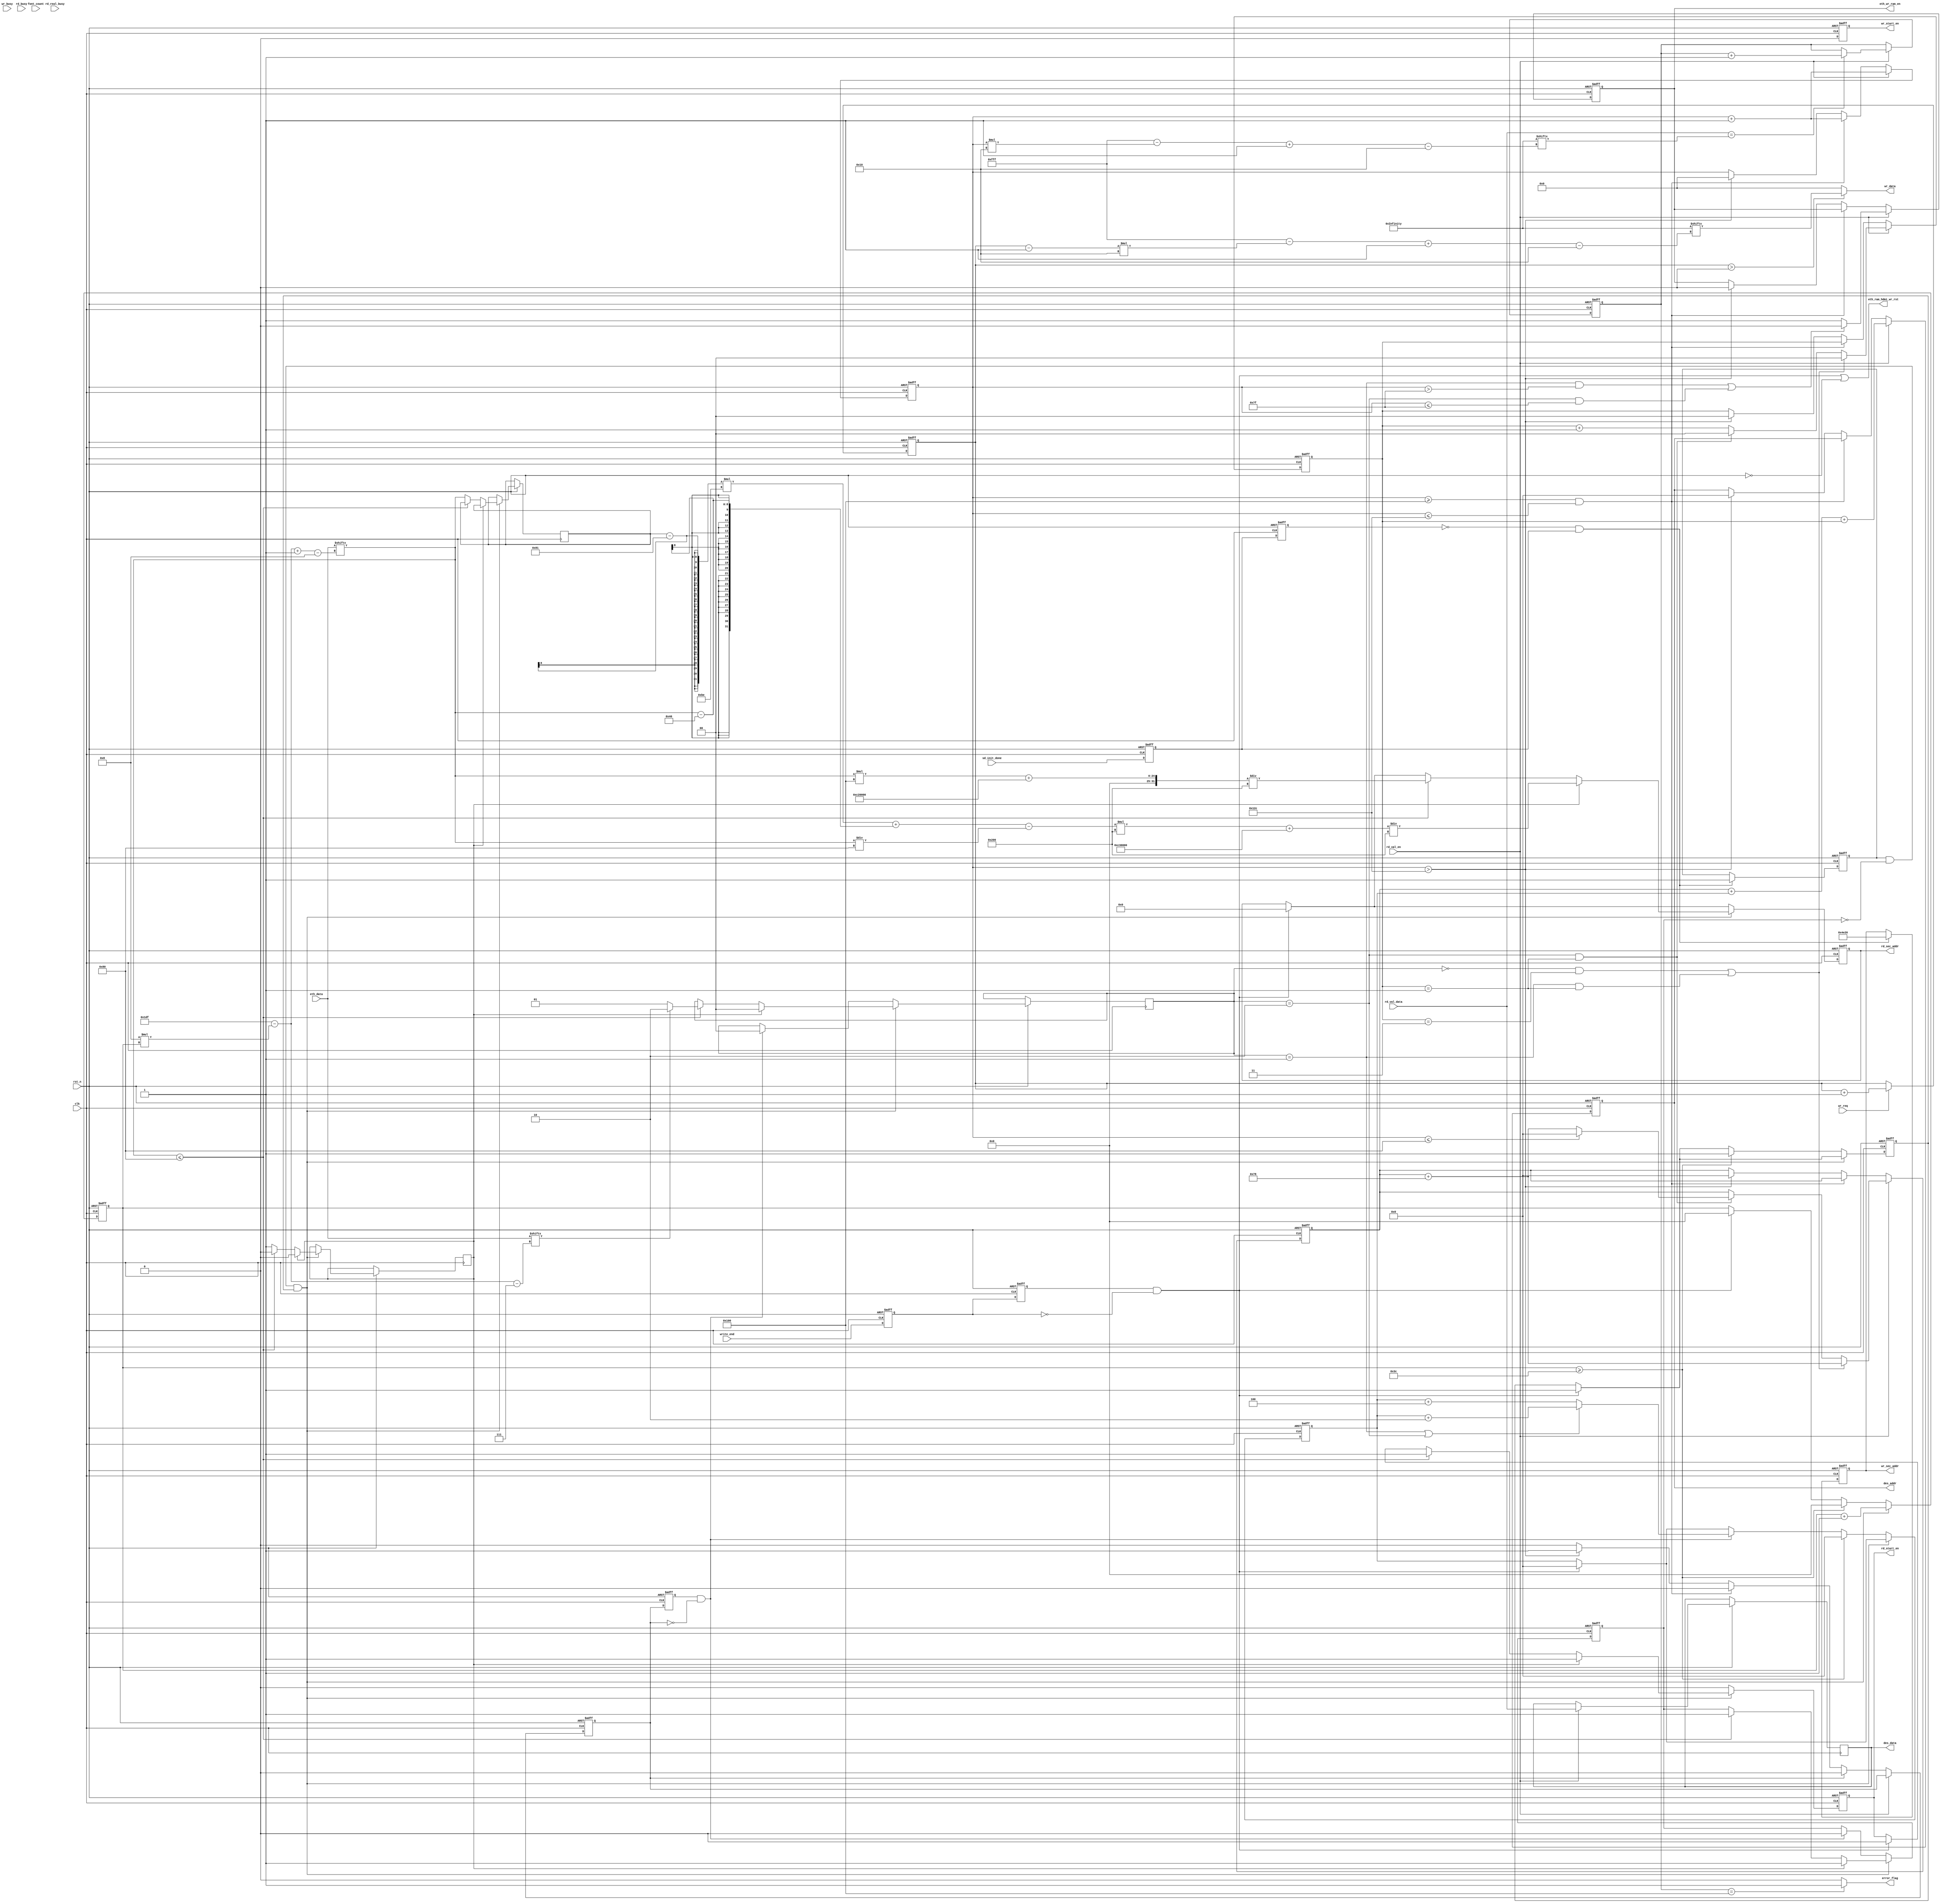
module data_gen(
    input                clk           ,  //ʱź
    input                rst_n         ,  //λź,͵ƽЧ
    input                sd_init_done  ,  //SDʼź
    //дSDӿ
    input                wr_busy       ,  //дæź
    input                wr_req        ,  //дź
    output  reg          wr_start_en   ,  //ʼдSDź
    output  reg  [31:0]  wr_sec_addr   ,  //дַ
    output       [15:0]  wr_data       ,  //д
    //SDӿ
    input                rd_val_en     ,  //Чź
    input        [15:0]  rd_val_data   ,  //
    output  reg          rd_start_en   ,  //ʼдSDź
    output  reg  [31:0]  rd_sec_addr   ,  //ַ
    input                rd_busy       ,
    input                rd_real_busy  ,    
    
    output               error_flag    ,   //SDдı־

    output reg          eth_wr_ram_en/*synthesis syn_preserve=1*/,
    output reg[12:0]    des_addr/*synthesis syn_preserve=1*/,
    output reg[15:0]    des_data/*synthesis syn_preserve=1*/,
    input [479:0]       eth_data,
    input [6:0]         font_count ,
    input               write_end ,
    output wire          eth_ram_hdmi_wr_rst /*synthesis syn_keep=1*/
    );

//reg define
reg              sd_init_done_d0  ;       //sd_init_doneźʱ
reg              sd_init_done_d1  ;       
reg              wr_busy_d0       ;       //wr_busyźʱ
reg              wr_busy_d1       ;
reg    [15:0]    wr_data_t        ;    
reg    [15:0]    rd_comp_data     ;       //ڶԶȽϵȷ
reg    [8:0]     rd_right_cnt     ;       //ȷݵĸ

//wire define
wire             pos_init_done    ;       //sd_init_doneźŵ,дź
wire             neg_wr_busy      ;       //wr_busyźŵ½,жд

//*****************************************************
//**                    main code
//*****************************************************
assign  eth_ram_hdmi_wr_rst=neg_write_end|(~rst_n);
assign  pos_init_done = (~sd_init_done_d1) & sd_init_done_d0;
assign  neg_wr_busy = wr_busy_d1 & (~wr_busy_d0);
//wr_data_t仯Χ0~256;wr_dataΧ:0~255
assign  wr_data = (wr_data_t > 16'd0)  ? test_data_0[12'd4095-(wr_data_t-1'b1)*5'd16-:16]  : 16'd0;//(wr_data_t - 1'b1)
//256ȷ,˵дԳɹ,error_flag = 0
assign  error_flag = (rd_right_cnt == (9'd256))  ?  1'b1 : 1'b0;
reg [4095:0] test_data_0={8'h00,8'h00,8'h00,8'h00,8'h00,8'h00,8'h00,8'h00,
                          8'h00,8'h40,8'h00,8'h00,8'h00,8'h70,8'h60,8'h00,
                          8'h00,8'h60,8'hE0,8'h00,8'h00,8'hE0,8'hC0,8'h00,
                          8'h00,8'hC0,8'hC0,8'h00,8'h00,8'hC1,8'h80,8'h00,
                          8'h01,8'h81,8'h80,8'h18,8'h01,8'h03,8'hFF,8'hFC,
                          8'h03,8'h03,8'h00,8'h18,8'h03,8'h86,8'h10,8'h30,
                          8'h07,8'h84,8'h0C,8'h20,8'h0D,8'h8C,8'h08,8'h40,
                          8'h09,8'h88,8'h08,8'h00,8'h11,8'h90,8'h08,8'h00,
                          8'h11,8'h81,8'h88,8'h00,8'h21,8'h83,8'h88,8'h80,
                          8'h01,8'h83,8'h08,8'h40,8'h01,8'h83,8'h08,8'h20,
                          8'h01,8'h86,8'h08,8'h30,8'h01,8'h86,8'h08,8'h18,
                          8'h01,8'h8C,8'h08,8'h1C,8'h01,8'h88,8'h08,8'h0C,
                          8'h01,8'h90,8'h08,8'h0C,8'h01,8'h90,8'h08,8'h0C,
                          8'h01,8'hA0,8'h08,8'h00,8'h01,8'h80,8'h08,8'h00,
                          8'h01,8'h80,8'hF8,8'h00,8'h01,8'h80,8'h38,8'h00,
                          8'h01,8'h00,8'h10,8'h00,8'h00,8'h00,8'h00,8'h00,
                          8'h00,8'h00,8'h00,8'h00,8'h00,8'h00,8'h00,8'h00,
                          8'h00,8'h40,8'h00,8'h00,8'h00,8'h70,8'h60,8'h00,
                          8'h00,8'h60,8'hE0,8'h00,8'h00,8'hE0,8'hC0,8'h00,
                          8'h00,8'hC0,8'hC0,8'h00,8'h00,8'hC1,8'h80,8'h00,
                          8'h01,8'h81,8'h80,8'h18,8'h01,8'h03,8'hFF,8'hFC,
                          8'h03,8'h03,8'h00,8'h18,8'h03,8'h86,8'h10,8'h30,
                          8'h07,8'h84,8'h0C,8'h20,8'h0D,8'h8C,8'h08,8'h40,
                          8'h09,8'h88,8'h08,8'h00,8'h11,8'h90,8'h08,8'h00,
                          8'h11,8'h81,8'h88,8'h00,8'h21,8'h83,8'h88,8'h80,
                          8'h01,8'h83,8'h08,8'h40,8'h01,8'h83,8'h08,8'h20,
                          8'h01,8'h86,8'h08,8'h30,8'h01,8'h86,8'h08,8'h18,
                          8'h01,8'h8C,8'h08,8'h1C,8'h01,8'h88,8'h08,8'h0C,
                          8'h01,8'h90,8'h08,8'h0C,8'h01,8'h90,8'h08,8'h0C,
                          8'h01,8'hA0,8'h08,8'h00,8'h01,8'h80,8'h08,8'h00,
                          8'h01,8'h80,8'hF8,8'h00,8'h01,8'h80,8'h38,8'h00,
                          8'h01,8'h00,8'h10,8'h00,8'h00,8'h00,8'h00,8'h00,
                          8'h00,8'h00,8'h00,8'h00,8'h00,8'h00,8'h00,8'h00,
                          8'h00,8'h40,8'h00,8'h00,8'h00,8'h70,8'h60,8'h00,
                          8'h00,8'h60,8'hE0,8'h00,8'h00,8'hE0,8'hC0,8'h00,
                          8'h00,8'hC0,8'hC0,8'h00,8'h00,8'hC1,8'h80,8'h00,
                          8'h01,8'h81,8'h80,8'h18,8'h01,8'h03,8'hFF,8'hFC,
                          8'h03,8'h03,8'h00,8'h18,8'h03,8'h86,8'h10,8'h30,
                          8'h07,8'h84,8'h0C,8'h20,8'h0D,8'h8C,8'h08,8'h40,
                          8'h09,8'h88,8'h08,8'h00,8'h11,8'h90,8'h08,8'h00,
                          8'h11,8'h81,8'h88,8'h00,8'h21,8'h83,8'h88,8'h80,
                          8'h01,8'h83,8'h08,8'h40,8'h01,8'h83,8'h08,8'h20,
                          8'h01,8'h86,8'h08,8'h30,8'h01,8'h86,8'h08,8'h18,
                          8'h01,8'h8C,8'h08,8'h1C,8'h01,8'h88,8'h08,8'h0C,
                          8'h01,8'h90,8'h08,8'h0C,8'h01,8'h90,8'h08,8'h0C,
                          8'h01,8'hA0,8'h08,8'h00,8'h01,8'h80,8'h08,8'h00,
                          8'h01,8'h80,8'hF8,8'h00,8'h01,8'h80,8'h38,8'h00,
                          8'h01,8'h00,8'h10,8'h00,8'h00,8'h00,8'h00,8'h00,
                          8'h00,8'h00,8'h00,8'h00,8'h00,8'h00,8'h00,8'h00,
                          8'h00,8'h40,8'h00,8'h00,8'h00,8'h70,8'h60,8'h00,
                          8'h00,8'h60,8'hE0,8'h00,8'h00,8'hE0,8'hC0,8'h00,
                          8'h00,8'hC0,8'hC0,8'h00,8'h00,8'hC1,8'h80,8'h00,
                          8'h01,8'h81,8'h80,8'h18,8'h01,8'h03,8'hFF,8'hFC,
                          8'h03,8'h03,8'h00,8'h18,8'h03,8'h86,8'h10,8'h30,
                          8'h07,8'h84,8'h0C,8'h20,8'h0D,8'h8C,8'h08,8'h40,
                          8'h09,8'h88,8'h08,8'h00,8'h11,8'h90,8'h08,8'h00,
                          8'h11,8'h81,8'h88,8'h00,8'h21,8'h83,8'h88,8'h80,
                          8'h01,8'h83,8'h08,8'h40,8'h01,8'h83,8'h08,8'h20,
                          8'h01,8'h86,8'h08,8'h30,8'h01,8'h86,8'h08,8'h18,
                          8'h01,8'h8C,8'h08,8'h1C,8'h01,8'h88,8'h08,8'h0C,
                          8'h01,8'h90,8'h08,8'h0C,8'h01,8'h90,8'h08,8'h0C,
                          8'h01,8'hA0,8'h08,8'h00,8'h01,8'h80,8'h08,8'h00,
                          8'h01,8'h80,8'hF8,8'h00,8'h01,8'h80,8'h38,8'h00,
                          8'h01,8'h00,8'h10,8'h00,8'h00,8'h00,8'h00,8'h00
};
//reg[479:0] eth_data={
//                     8'hBA,8'hC3, 8'hBA,8'hC4,8'hBA,8'hC3,8'hBA,8'hC3,8'hBA,8'hC3,
//                     8'hBA,8'hC3, 8'hBA,8'hC3,8'hBA,8'hC3,8'hBA,8'hC3,8'hBA,8'hC3,
//                     8'hBA,8'hC3, 8'hBA,8'hC3,8'hBA,8'hC3,8'hBA,8'hC3,8'hBA,8'hC3,
//                     8'hBA,8'hC3, 8'hBA,8'hC3,8'hBA,8'hC3,8'hBA,8'hC3,8'hBA,8'hC3,
//                     8'hBA,8'hC3, 8'hBA,8'hC3,8'hBA,8'hC3,8'hBA,8'hC3,8'hBA,8'hC3,
//                     8'hBA,8'hC3, 8'hBA,8'hC3,8'hBA,8'hC3,8'hBA,8'hC3,8'hBA,8'hC3      
//};
//reg[6:0] font_count=7'd60;
//sd_init_doneźʱ
always @(posedge clk or negedge rst_n) begin
    if(!rst_n) begin
        sd_init_done_d0 <= 1'b0;
        sd_init_done_d1 <= 1'b0;
    end
    else begin
        sd_init_done_d0 <= sd_init_done;
        sd_init_done_d1 <= sd_init_done_d0;
    end        
end

// rd_busy źŽʱģ ڲ rd_busy źŵ½
reg  rd_busy_d0;  
reg  rd_busy_d1;     
assign neg_rd_busy = rd_busy_d1 &(~rd_busy_d0);
always @(posedge clk or negedge rst_n) begin
    if(rst_n == 1'b0)begin
        rd_busy_d0 <= 1'b0;
        rd_busy_d1 <= 1'b0;
    end
    else begin
        rd_busy_d0 <= rd_real_busy;
        rd_busy_d1 <= rd_busy_d0;
    end
end

//SDдźſ
reg init_already;
always @(posedge clk or negedge rst_n) begin
    if(!rst_n) begin
        wr_start_en <= 1'b0;
        wr_sec_addr <= 32'd0;
        init_already <= 1'b0;
    end    
    else begin
        if(pos_init_done) begin
            wr_start_en <= 1'b0;
            wr_sec_addr <= 32'd20000;        //ָһַ
            init_already <= 1'b1;
        end    
        else
            wr_start_en <= 1'b0;
    end    
end 

//SDд
always @(posedge clk or negedge rst_n) begin
    if(!rst_n)
        wr_data_t <= 16'b0;
    else if(wr_req) 
        wr_data_t <= wr_data_t + 16'b1;
    
end

//wr_busyźʱ
always @(posedge clk or negedge rst_n) begin
    if(!rst_n) begin
        wr_busy_d0 <= 1'b0;
        wr_busy_d1 <= 1'b0;
    end    
    else begin
        wr_busy_d0 <= wr_busy;
        wr_busy_d1 <= wr_busy_d0;
    end
end 

//write_endźʱ
reg write_end_1d;
reg write_end_2d;
wire neg_write_end;
assign neg_write_end=write_end_2d&(~write_end_1d);
always @(posedge clk or negedge rst_n) begin
    if(!rst_n) begin
        write_end_1d <= 1'b0;
        write_end_2d <= 1'b0;
    end    
    else begin
        write_end_1d <= write_end;
        write_end_2d <= write_end_1d;
    end
end 
//SDźſ
reg       sd_start_already;
reg [6:0] rd_sd_fifo_count;
reg        sd_busy        ;
reg [1:0]  ascii_or_gbk   ;
reg [7:0]  eth_data_1d    ;
reg [6:0]  eth_data_count ;
reg        eth_en;
parameter   ascii_addr          =   32'd12_713_984   ;   //24832
parameter   gbk_addr            =   32'd12_779_520   ;   //24960
parameter   ascii_BytesPerFont  =   10'd256     ;   
parameter   gbk_BytesPerFont    =   10'd512    ;
reg                     gbk_msb_ready       ;
always @(posedge clk or negedge rst_n) begin
    if(!rst_n) begin
        rd_start_en <= 1'b0;
        rd_sec_addr <= 32'd0; 
        sd_start_already <= 1'b0;
        sd_busy <= 1'b0;
        eth_data_count <= 7'd0;
        des_addr_0 <= 12'd0;
        eth_en <= 1'b0;
    end
    else begin
//        if(init_already&&(~sd_busy)) begin
//            rd_start_en <= 1'b1;
//            rd_sec_addr <= 32'd24960+data_count;
//            sd_busy <= 1'b1;
//            data_count <= data_count+7'd1;
//            if(eth_sd_rd_data<32'd12_779_520)
//                 ascii_or_gbk <= ((eth_sd_rd_data[8:0] >=9'd255 )? 2'd2:2'd1);
//            else
//                 ascii_or_gbk <= 2'd0;        //oΪgbk1λasciiһ2Ϊasciiڶ
//        end
        if(neg_write_end)
        begin   
            eth_en <= 1'b1;
            eth_data_count <= 7'd0;
            des_addr_0 <= 12'd0;
            rd_start_en <= 1'b0;
            rd_sec_addr <= 32'd0;
        end
        else; 
        if(init_already&&(~sd_busy)&&eth_en)//
        begin
             eth_data_count <= eth_data_count+7'd1;         
             if(gbk_msb_ready==1'b0)                                                                                                                  
             begin                                                                                                                                    
                 if (eth_data[9'd479-4'd8*eth_data_count-:8] <=  8'h80) //&&test_cnt>1'b0    487  497                                                                                   
                 begin                                                                                                                                
                     rd_sec_addr   <=(eth_data[9'd479-4'd8*eth_data_count-:8]*ascii_BytesPerFont+ascii_addr)/10'd512 ;  //1ʼ洢                                                    
//                     font_count0  <=  font_count0+1;                                                                                                  
//                     eth_sd_wr_en <= 1'b1; 
                     sd_busy  <= 1'b1; 
                     rd_start_en <= 1'b1; 
                     if(eth_data[9'd479-4'd8*eth_data_count-4'd7]) ascii_or_gbk <= 2'd2;
                     else   ascii_or_gbk <= 2'd1;                                                                                                       
                 end                                                                                                                                  
                 else                                                                                                                                 
                 begin                                                                                                                                
                     eth_data_1d  <=  eth_data[9'd479-4'd8*eth_data_count-:8];                                                                                       
                     gbk_msb_ready   <=  1'b1;                                                                                                        
//                     eth_sd_wr_en <= 1'b0;                                                                                                            
                 end                                                                                                                                  
             end                                                                                                                                      
             else                                                                                                                                     
             begin                                                                                                                                    
                 gbk_msb_ready   <=  1'b0;                                                                                                            
//                 font_count0  <=  font_count0+1; 
                 ascii_or_gbk  <= 2'd0;                                                                                                     
                 rd_sec_addr  <= (((eth_data_1d-8'h81)*190+(eth_data[9'd479-4'd8*eth_data_count-:8]-8'h40)-eth_data[9'd479-4'd8*eth_data_count-:8]/8'd128)*gbk_BytesPerFont+gbk_addr)/10'd512 ;    
//                 eth_sd_wr_en <= 1'b1; 
                 sd_busy  <= 1'b1;
                 rd_start_en <= 1'b1; 
            end                                                                                                                           
        end   
        else
        begin
            rd_start_en <= 1'b0;
            if(sd_rd_end_1d&&(~sd_rd_end))
            begin
                 sd_busy<=1'b0;
                 ascii_or_gbk <=2'd0;
                 if(ascii_or_gbk==2'd1||ascii_or_gbk==2'd2)
                   des_addr_0 <= des_addr_0+13'd2;
                 else
                   des_addr_0 <= des_addr_0+13'd4;      
            end         
            else;
            if(eth_data_count>=7'd60) 
            begin
              eth_en <= 1'b1;
              eth_data_count <= 7'd0;
              des_addr_0 <=13'd0;
            end
            else;    
        end        
    end    
end    

//ݴʱ־
reg ji1_ou0;
reg [12:0]des_addr_0;
reg [12:0]sd_ycount;
reg [1:0] wei_count;
reg       sd_rd_end;
reg       sd_rd_end_1d;
always @(posedge clk or negedge rst_n) begin
    if(!rst_n) begin
        rd_comp_data <= 16'd0;
        rd_right_cnt <= 9'd0;
        sd_ycount <= 12'd0;
        des_addr <= 13'd0;
        ji1_ou0 <= 1'b0;
        eth_wr_ram_en<=1'b0;
        sd_rd_end<=1'b0;
        sd_rd_end_1d <= 1'b0;
        wei_count <=2'd0;
    end     
    else begin
        sd_rd_end_1d <= sd_rd_end;
        if(rd_val_en) begin//rd_val_en  rd_comp_data <= 16'd255
            //ʹܺ
            if((ascii_or_gbk==2'd1&&rd_comp_data>8'd127)||(ascii_or_gbk==2'd2&&rd_comp_data<=8'd127))
                eth_wr_ram_en<=1'b0;
            else
                eth_wr_ram_en<=1'b1;

            des_data<=rd_val_data;//16'd0+{rd_comp_data[7:0],rd_comp_data[7:0]}
            
            //λ
            if((ascii_or_gbk==2'd0&&wei_count==2'd3)||(ascii_or_gbk==2'd1&&wei_count==2'd1)) 
            begin
                wei_count <= 1'b0;
                sd_ycount <= sd_ycount+7'd120;
            end
            else if(ascii_or_gbk==2'd2&&wei_count==2'd1)//&&wei_count==2'd1
            begin
                if(rd_comp_data<=8'd128)
                begin
                    sd_ycount <= 13'd0;
                    wei_count <= 1'b0;
                end
                else
                begin
                    
                    sd_ycount <= sd_ycount+7'd120;
                    wei_count <= 1'b0;
                end
            end
            else    
                wei_count <= wei_count +1'b1;
            des_addr <= sd_ycount+des_addr_0+wei_count;

            //
            rd_comp_data <= rd_comp_data + 16'd1;
            if(rd_val_data == test_data_0[12'd4095-(rd_comp_data)*5'd16-:16])
                rd_right_cnt <= rd_right_cnt + 9'd1; 
             else; 
        end
        else
        begin
              if(rd_comp_data>=16'd256&&rd_comp_data<=16'd300)
              rd_comp_data <= rd_comp_data + 16'd1;
              else if(rd_comp_data>16'd300)
              begin
                  rd_comp_data <= 16'd0;
                  sd_rd_end<=1'b1;
                  sd_ycount <= 12'd0;
                  des_addr <= 13'd0; 
                  wei_count <=2'd0; 
                  eth_wr_ram_en<=1'b0;  
              end
              else;
              if(sd_rd_end) sd_rd_end<=1'b0;
              else;
        end     
    end        
end

endmodule